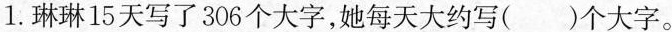
1.琳琳15天写了306个大字，她每天大约写()个大字。